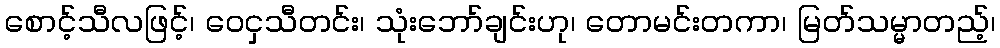
စောင့်သီလဖြင့်၊ ဝေငှသီတင်း၊ သုံးဘော်ချင်းဟု၊ တောမင်းတကာ၊ မြတ်သမ္မာတည့်၊